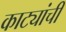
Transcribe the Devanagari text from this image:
काट्यांची